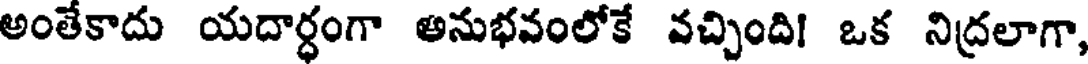
అంతేకాదు యదార్ధంగా అనుభవంలోకే వచ్చింది! ఒక నిద్రలాగా,